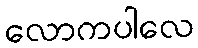
လောကပါလေ